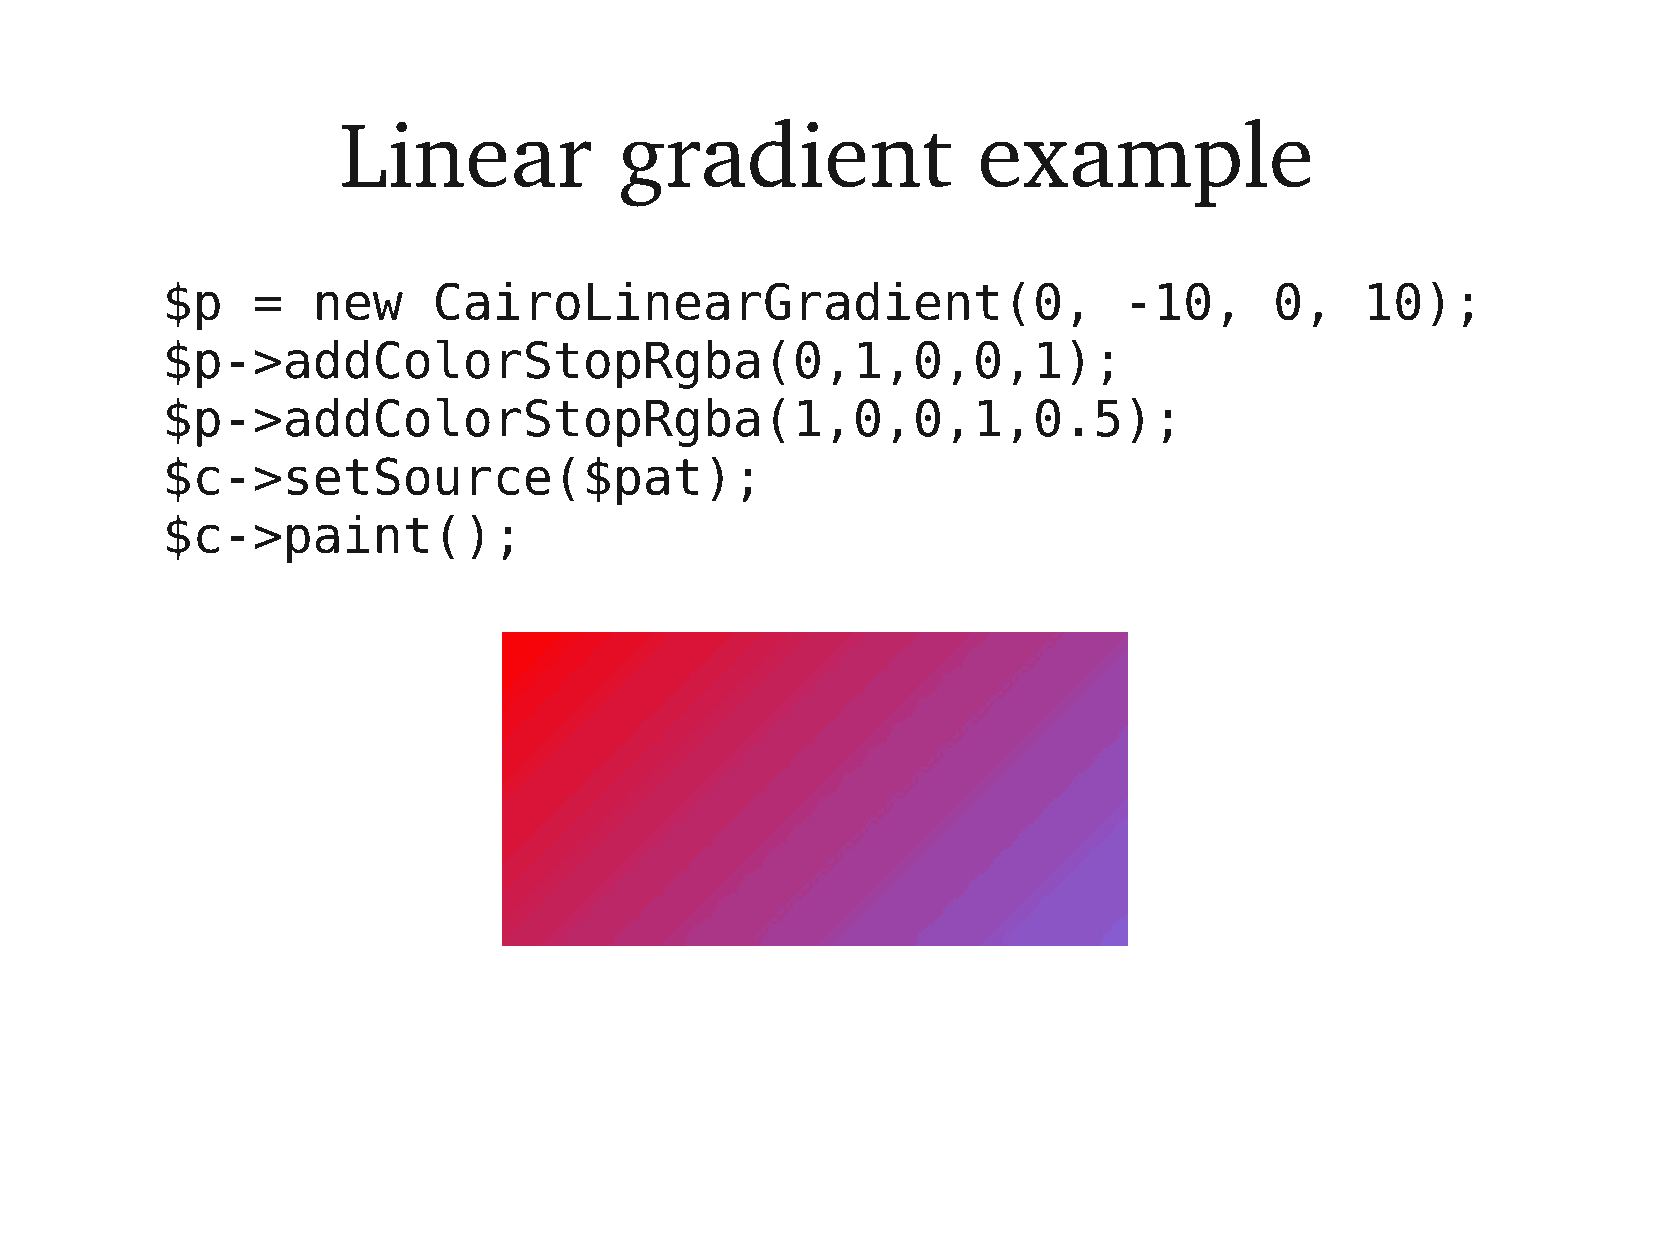
Linear             gradient                example
 $p    =   new     CairoLinearGradient(0,                       -10,      0,    10);
 $p->addColorStopRgba(0,1,0,0,1);
 $p->addColorStopRgba(1,0,0,1,0.5);
 $c->setSource($pat);
 $c->paint();